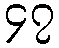
၄၇